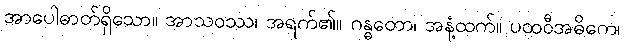
အာပေါဓာတ်ရှိသော။ အာသဝဿ၊ အရက်၏။ ဂန္ဓတော၊ အနံ့ထက်။ ပထဝီအဓိကေ၊